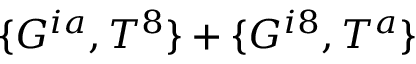
\{ G ^ { i a } , T ^ { 8 } \} + \{ G ^ { i 8 } , T ^ { a } \}